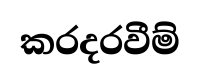
කරදරවීම්